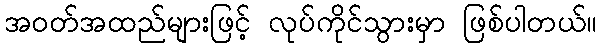
အဝတ်အထည်များဖြင့် လုပ်ကိုင်သွားမှာ ဖြစ်ပါတယ်။